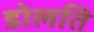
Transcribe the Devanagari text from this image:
डोलति